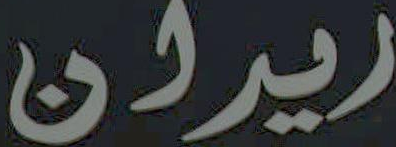
ايران